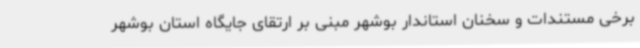
برخی مستندات و سخنان استاندار بوشهر مبنی بر ارتقای جایگاه استان بوشهر